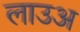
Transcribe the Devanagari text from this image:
लाउअ